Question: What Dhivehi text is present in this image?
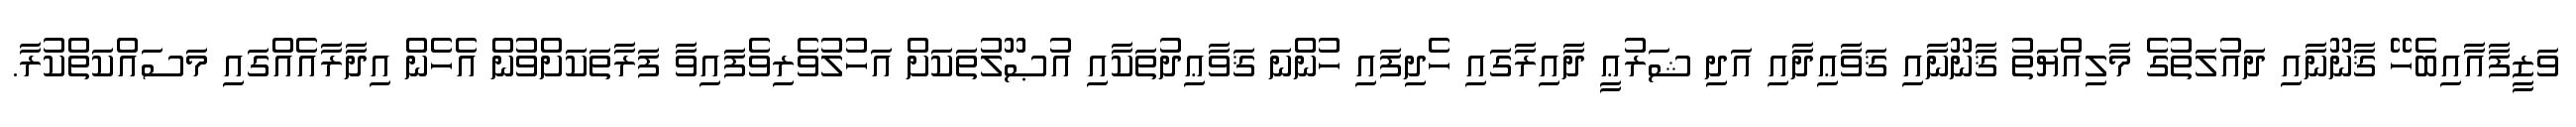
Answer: ވަޒީފާއާއިބެހޭ ޤާނޫނާއި ދައުލަތުގެ މާލިއްޔަތު ޤާނޫނާއި ޤަވާޢިދާއި އަދި ޝަރުޢީ ދާއިރާގައި ހެދިފައި ހުންނަ ޤަވާޢިދުތަކާއި އުޞޫލުތަކަށް އަހުލުވެރިވެފައިވާ ފަރާތަކަށްވުން އެހެން އިދާރާއެއްގައި މަސައްކަތްކުރާ.